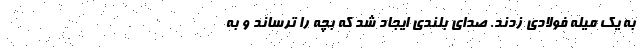
به یک میله فولادی زدند. صدای بلندی ایجاد شد که بچه را ترساند و به